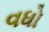
વધો